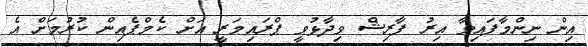
އިން ނިންމާފައިވާ އިރު ފާރިޝް ވިދާޅުވީ ޕްރައިމަރީ އަށް ކެމްޕެއިން ކުރުމަށް އެ